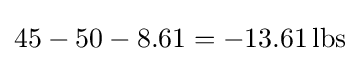
45-50-8.61=-13.61\,{\text{lbs}}